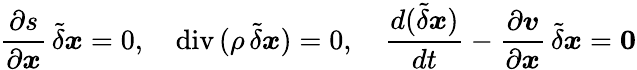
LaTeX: \frac{\partial s}{\partial\boldsymbol{x}}\, \tilde{\delta}\boldsymbol{x}=0,\quad\mathrm{div}\, (\rho\, \tilde{\delta}\boldsymbol{x})=0,\quad\frac{d(\tilde{\delta}\boldsymbol{x})}{dt}-\frac{\partial{\boldsymbol v}}{\partial\boldsymbol{x}}\, \tilde{\delta}\boldsymbol{x}=\boldsymbol{0}